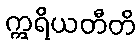
ဣရိယတီတိ